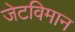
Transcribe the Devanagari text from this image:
जेटविमान